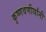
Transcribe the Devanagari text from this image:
कृष्णवणीर्यांनी